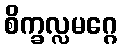
စိက္ခလ္လမဂ္ဂေ